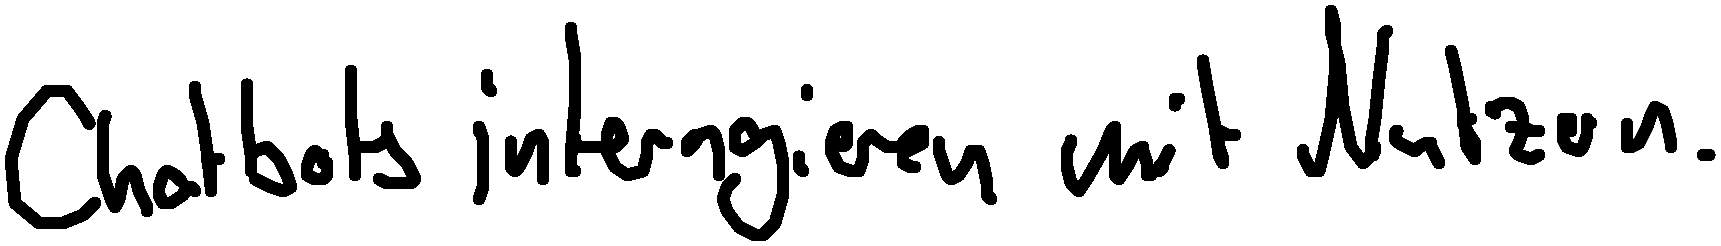
Chatbots interagieren mit Nutzern.